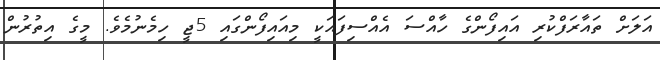
އަލަށް ތައާރަފްކުރި އައިފޯންގެ ހާއްސަ އެއްސިފައަކީ މިއައިފޯންގައި 5ޖީ ހިމެނުމެވެ. މީގެ އިތުރުން